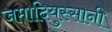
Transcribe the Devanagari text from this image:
जमादियुस्सानी